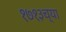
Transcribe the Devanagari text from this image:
१७१३च्या